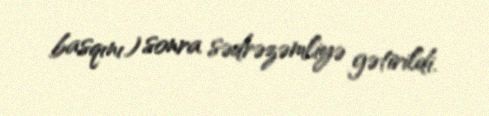
basqını) sonra sədrəzəmliyə gətirildi.